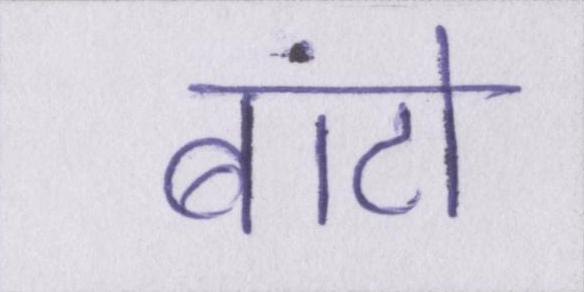
बांटो